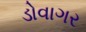
ડોવાગર